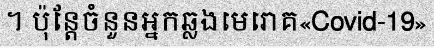
។ ប៉ុន្តែចំនួនអ្នកឆ្លងមេរោគ«Covid-19»